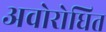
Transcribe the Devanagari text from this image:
अवोरोधित